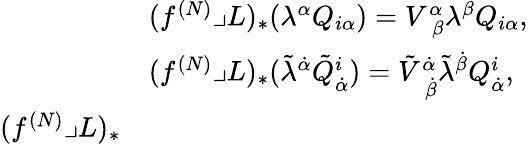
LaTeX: \begin{array}{rl}&{(f^{(N)}\lrcorner L)_{*}(\lambda^{\alpha}Q_{i\alpha})=V_{\ \, \beta}^{\alpha}\lambda^{\beta}Q_{i\alpha},}\\ &{(f^{(N)}\lrcorner L)_{*}(\tilde{\lambda}^{\dot{\alpha}}\tilde{Q}_{\dot{\alpha}}^{i})=\tilde{V}_{\ \, \dot{\beta}}^{\dot{\alpha}}\tilde{\lambda}^{\dot{\beta}}Q_{\dot{\alpha}}^{i},}\\ {(f^{(N)}\lrcorner L)_{*}}\end{array}